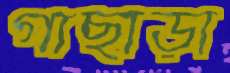
গাছাড়া